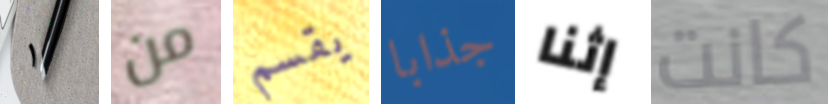
١ من يقسم جذابا إثنا كانت